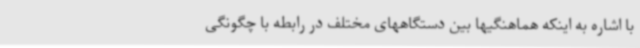
با اشاره به اینکه هماهنگیها بین دستگاههای مختلف در رابطه با چگونگی